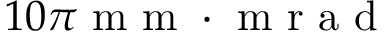
1 0 \pi \textrm { m m } \cdot \textrm { m r a d }